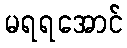
မရရအောင်